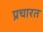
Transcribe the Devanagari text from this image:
प्रचारत